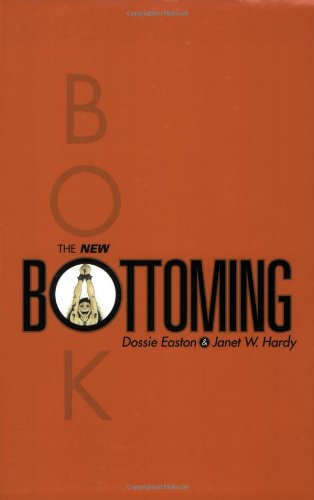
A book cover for The New Bottoming Book; Janet W. Hardy; Health, Fitness & Dieting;